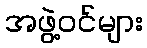
အဖွဲ့ဝင်များ